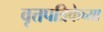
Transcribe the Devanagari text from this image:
वृत्तपत्रिकेच्या